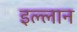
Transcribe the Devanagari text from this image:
इल्लान